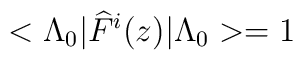
<\Lambda _{0}|\widehat{F}^{i}(z)|\Lambda _{0}>=1